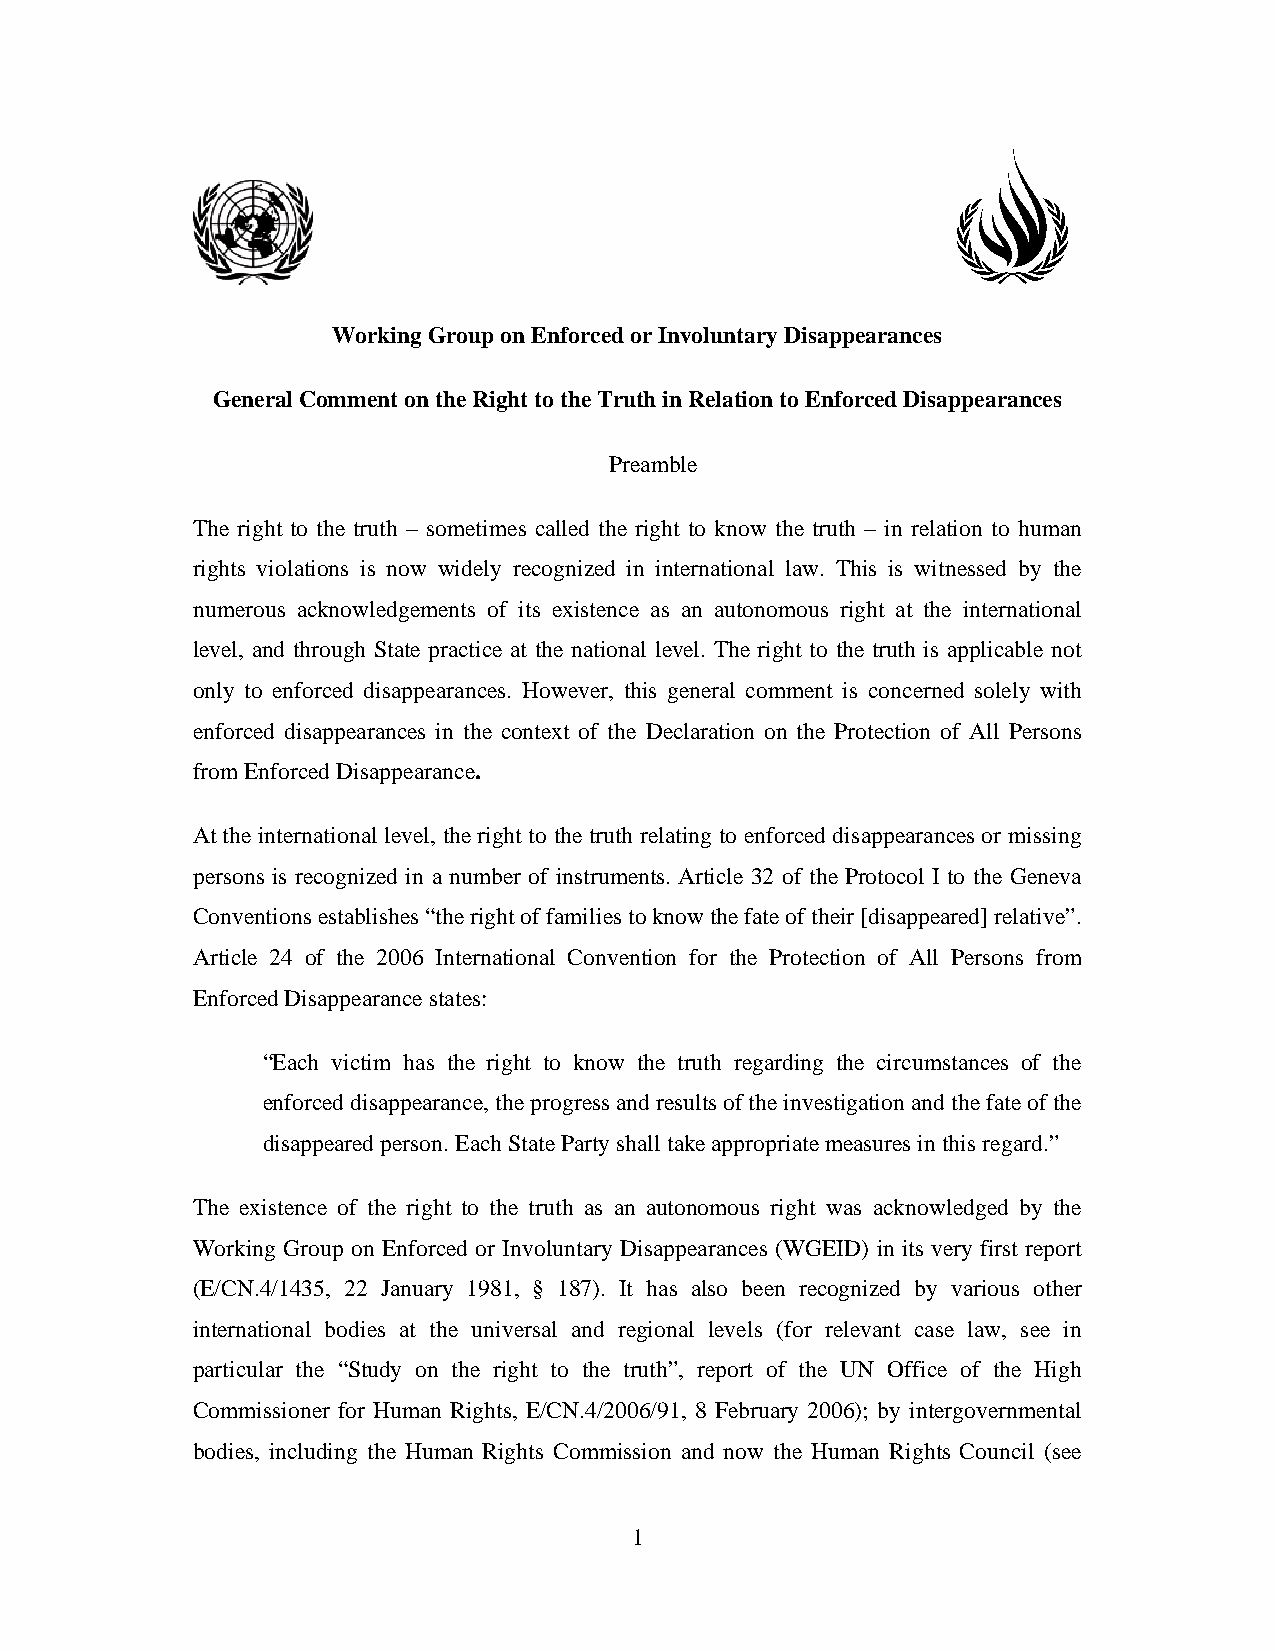
Working Group on Enforced or Involuntary Disappearances
 General Comment on the Right to the Truth in Relation to Enforced Disappearances
 Preamble
 The right to the truth – sometimes called the right to know the truth – in relation to human
 rights violations is now widely recognized in international law. This is witnessed by the
 numerous acknowledgements of its existence as an autonomous right at the international
 level, and through State practice at the national level. The right to the truth is applicable not
 only to enforced disappearances. However, this general comment is concerned solely with
 enforced disappearances in the context of the Declaration on the Protection of All Persons
 from Enforced Disappearance.
 At the international level, the right to the truth relating to enforced disappearances or missing
 persons is recognized in a number of instruments. Article 32 of the Protocol I to the Geneva
 Conventions establishes “the right of families to know the fate of their [disappeared] relative”.
 Article 24 of the 2006 International Convention for the Protection of All Persons from
 Enforced Disappearance states:
 “Each victim has the right to know the truth regarding the circumstances of the
 enforced disappearance, the progress and results of the investigation and the fate of the
 disappeared person. Each State Party shall take appropriate measures in this regard.”
 The existence of the right to the truth as an autonomous right was acknowledged by the
 Working Group on Enforced or Involuntary Disappearances (WGEID) in its very first report
 (E/CN.4/1435, 22 January 1981, § 187). It has also been recognized by various other
 international bodies at the universal and regional levels (for relevant case law, see in
 particular the “Study on the right to the truth”, report of the UN Office of the High
 Commissioner for Human Rights, E/CN.4/2006/91, 8 February 2006); by intergovernmental
 bodies, including the Human Rights Commission and now the Human Rights Council (see
 1